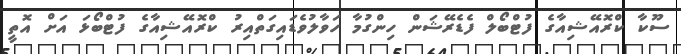
ސޫކާ ކްރޮއޭޝިއާގެ ފުޓްބޯލް ފެޑެރޭޝަން ހިންގުމާ ހަވާލުވެޑައިގަތްއިރު ކްރޮއޭޝިއާގެ ފުޓްބޯޅަ އަށް އޮތީ